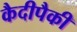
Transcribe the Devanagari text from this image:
कैदीपैकी